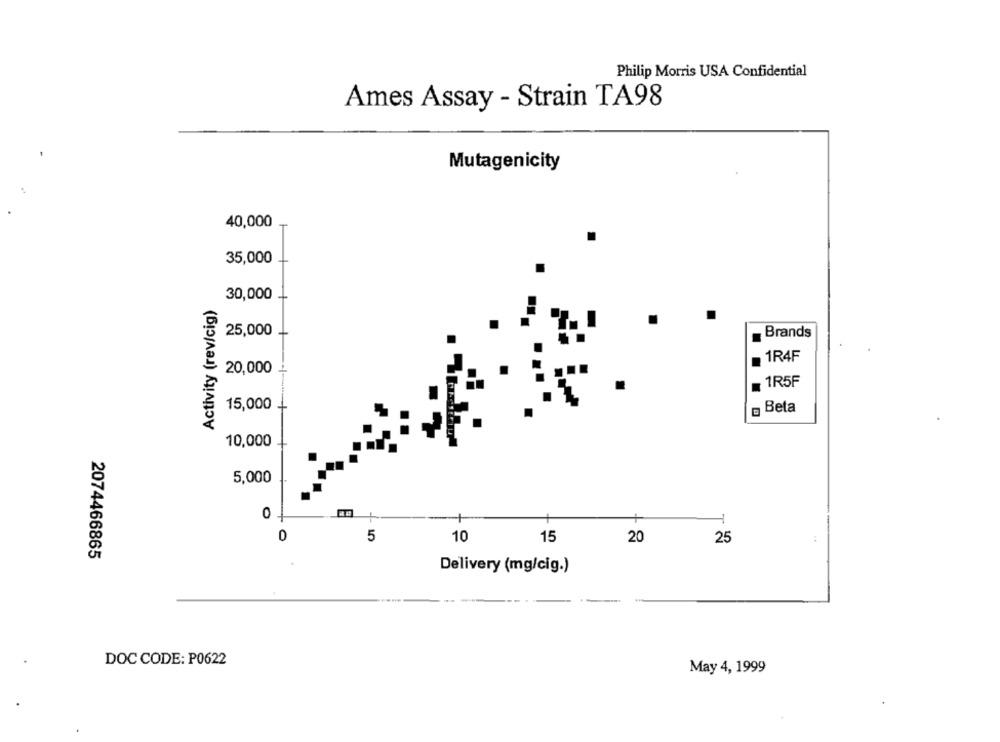
Philip Morris USA Confidential
Ames Assay - Strain TA98
Mutagenicity
40,000
35,000
30,000
Activity (rev/cig)
25,000
Brands
1R4F
20,000
1R5F
.
15,000
Beta
10,000
5,000
0
1
5
10
15
20
25
2074466865
Delivery (mg/cig.)
DOC CODE: P0622
May 4, 1999